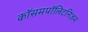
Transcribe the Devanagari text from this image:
कॉसमपॉलिटनिज़म